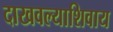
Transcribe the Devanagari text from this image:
दाखवल्याशिवाय